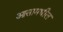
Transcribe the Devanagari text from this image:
आसामधील